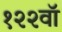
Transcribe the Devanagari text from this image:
१२२वॉ